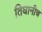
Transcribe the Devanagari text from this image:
तिघानीच